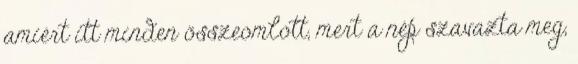
amiért itt minden összeomlott, mert a nép szavazta meg,